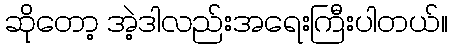
ဆိုတော့ အဲ့ဒါလည်းအရေးကြီးပါတယ်။